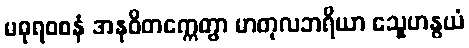
မဓုရဝစနံ အနုဝိတက္ကေတွာ မာတုလဘရိယာ သ္နေဟနွယံ